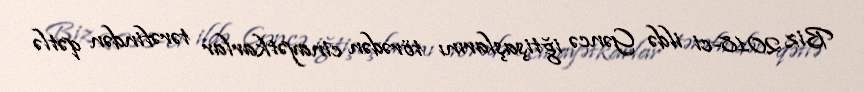
Biz 2018-ci ildə Gəncə iğtişaşlarını törədən cinayətkarlar tərəfindən qətlə